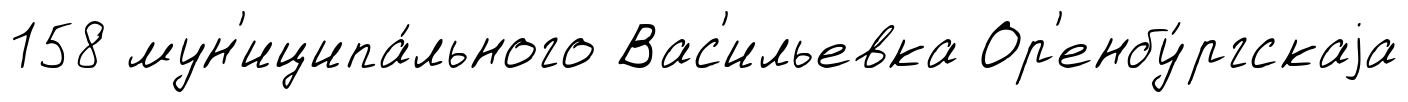
158 мун'иципа́льного Вас'ильевка Ор'енбу́ргскаjа